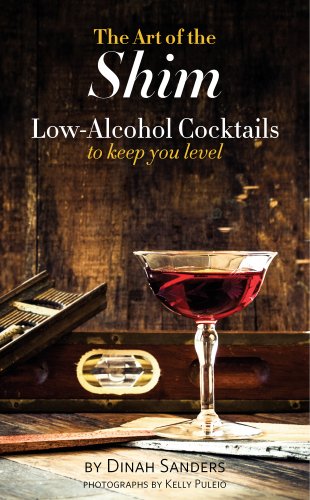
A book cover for The Art of the Shim: Low-Alcohol Cocktails to Keep You Level; Dinah Sanders; Cookbooks, Food & Wine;